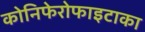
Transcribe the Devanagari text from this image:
कोनिफेरोफाइटाका